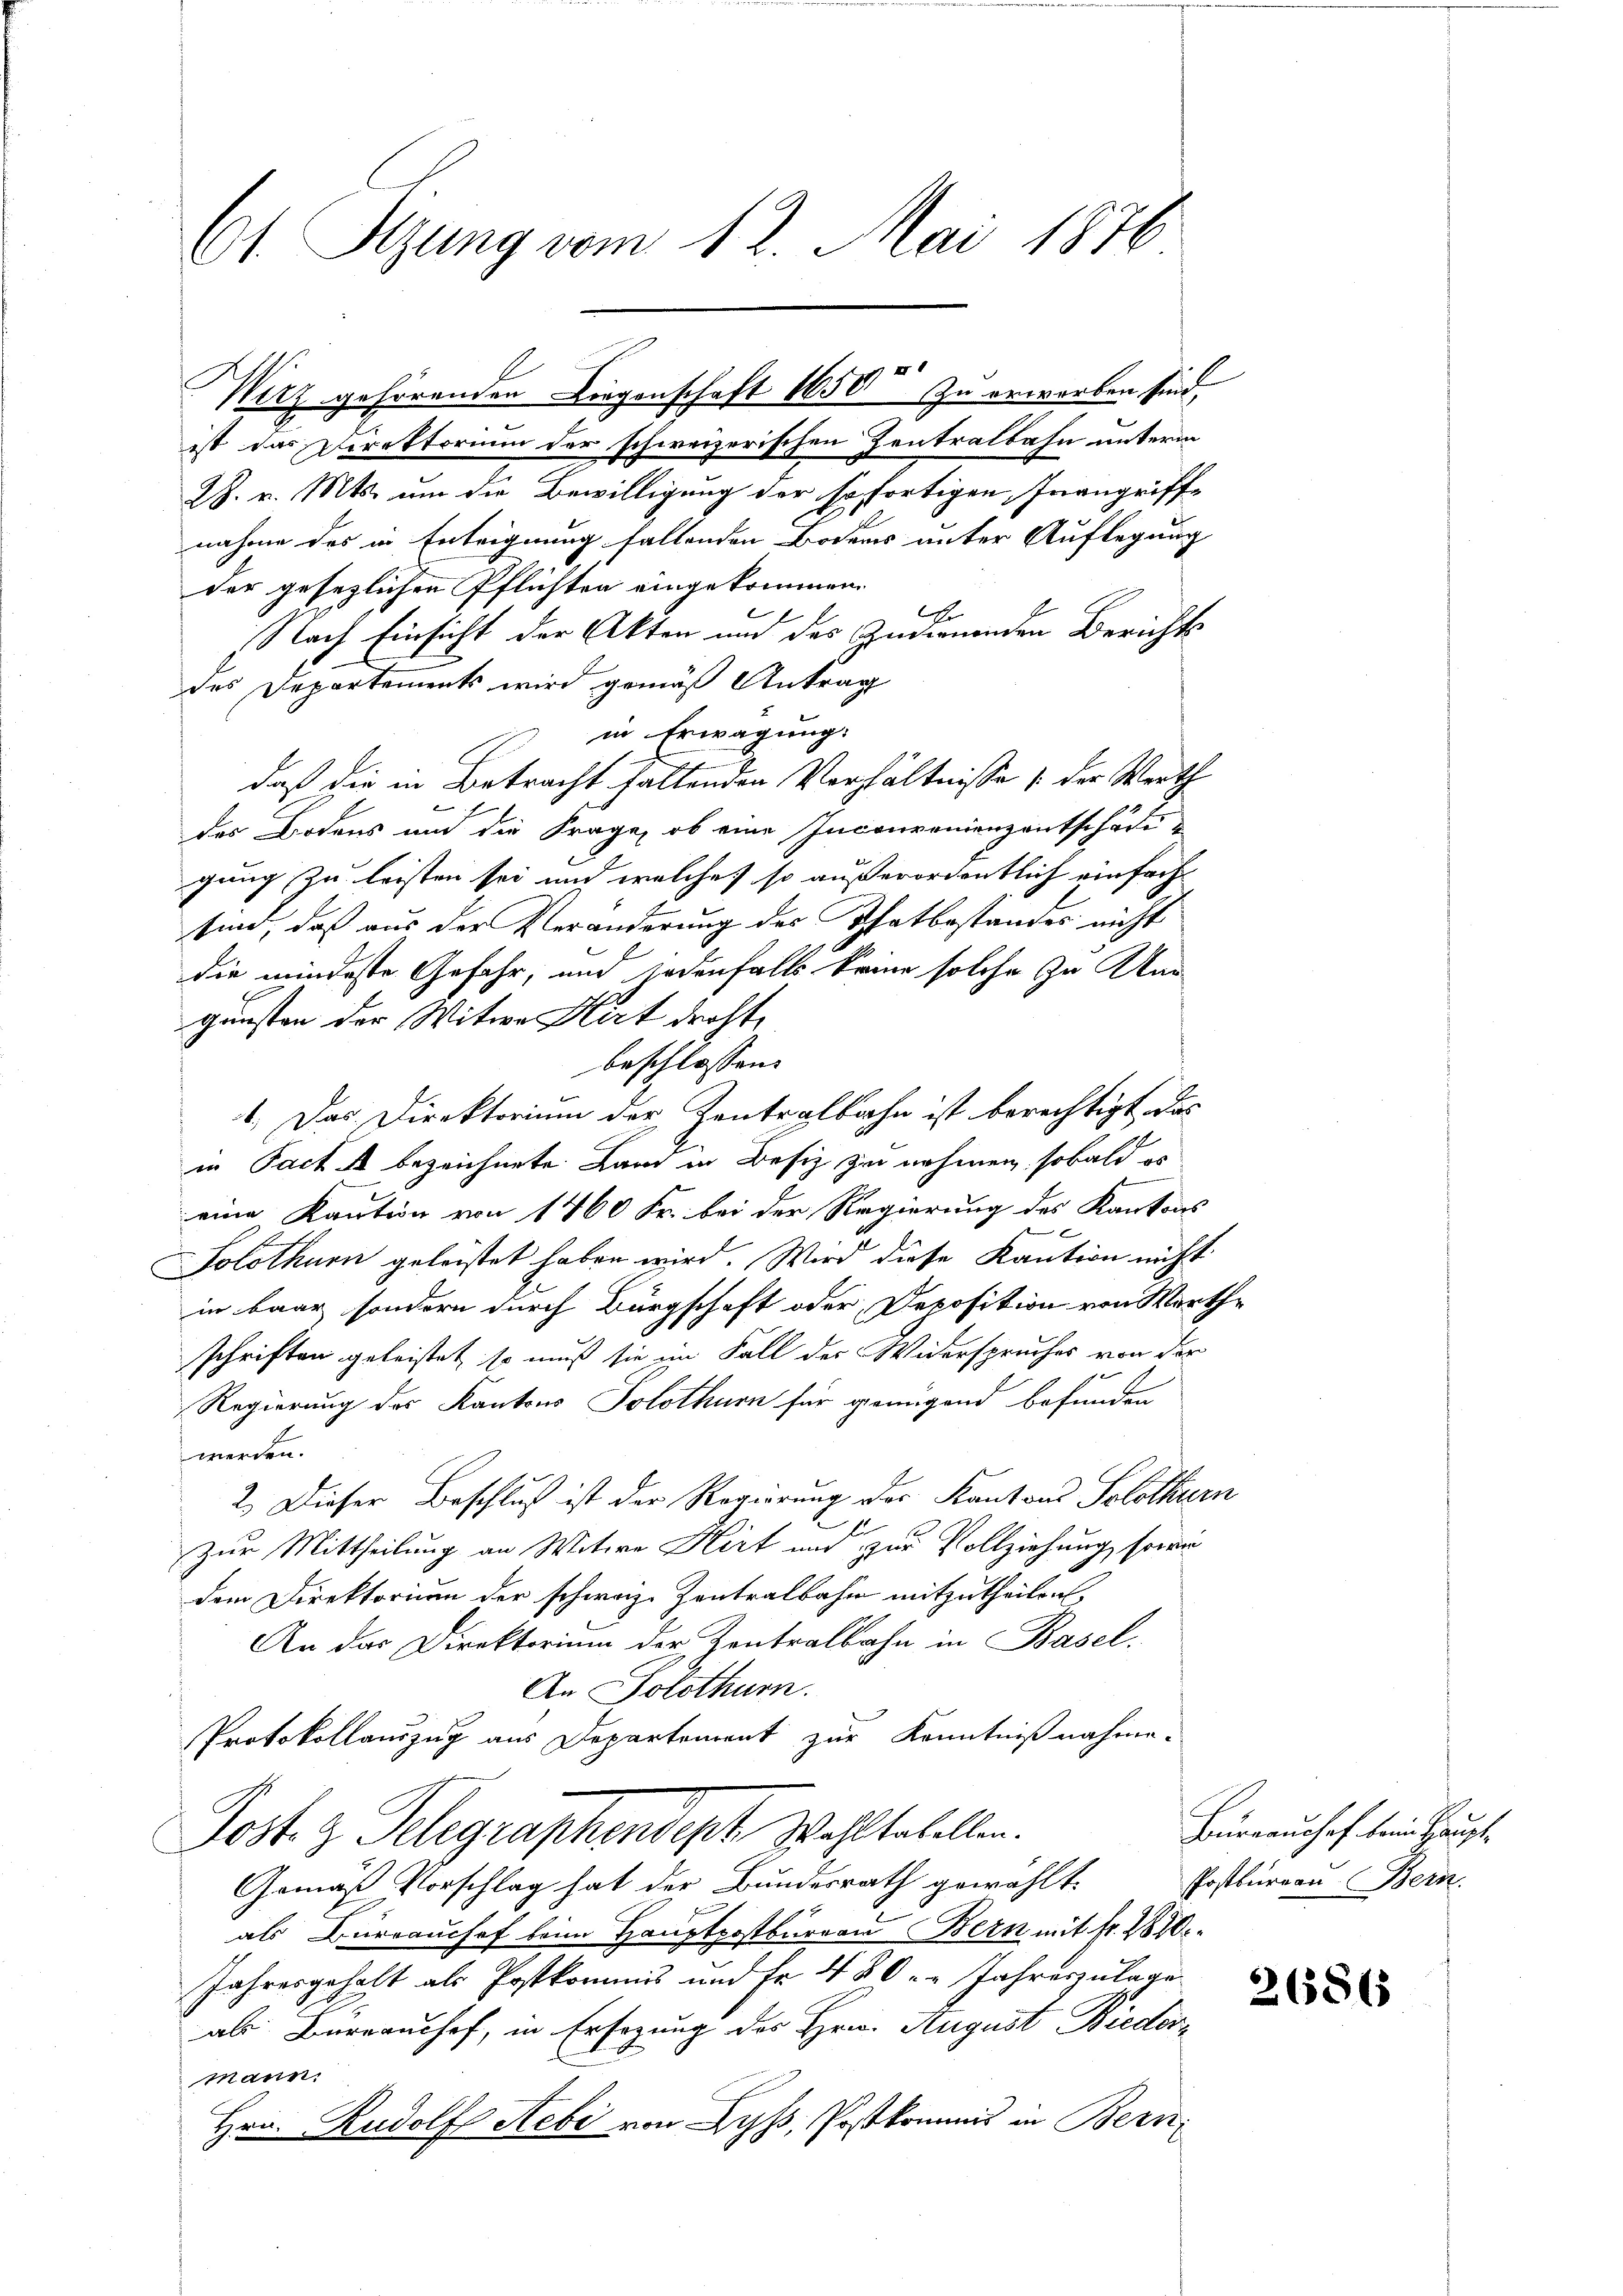
61 Sizung vom 12. Mai 1876
X 1

ist das Direktorium der schweizerischen Zentralbahn unterm
28. v. Mts. um die Bewilligung der sofortigen Inangriffnahme des in Enteignung fallenden Bodens unter Auflegung
der gesetzlichen Pflichten eingekommen.
Er
Nach Einsicht der Akten und des Indwunden Berichts
des Departements wird gemäß Antrag
in Erwägung:
daß die in Betracht haltenden Verhältnisse 1. der Werth
des Bodens und die Frage, ob eine Inconvenienzentschäftgung zu leisten sei und welche so außerordentlich einfache
sind, daß aus der Veränderung des Thatbestandes nicht
die mindeste Gefahr, und jedenfalls keine solche zu And
gunsten der Witwe Hirt droht,
beschlossen:
1. Das Direktorium der Zentralbahn ist berechtigt das
in Pacta bezeichnete Land in Besiz zu nehmen, sobald es
eine Kaution von 1460 Fr. bei der Regierung des Kantons
x
Solothurn geleistet haben wird. Wird diese Kaution nicht
in baar sondern durch Bürgschaft oder Deposition von Werthe
schriften geleistet, so muß sie im Fall der Widerspruches von der
Regierung des Kantons Solothurn für genügend befunden
werden.
2.) Dieser Beschluß ist der Regierung der Kantons Solothurn
E
Zur Mittheilung an Witwe Hirt und zur Vollziehung, sowie
dem Direktornen der schwarze Zentralbahn mitzutheilen.
An das Direktorium der Zentralbahn in Basel.
An Solothurn.
Protokollauszug aus Departement zur Kenntnißnahme.
Post z. Telegraphendept Wohltabellen.
Gemäß Vorschlag hat der Bundesrath gewählt.
als Büreaushof beim Hauptpostburren Bern mit fr. 1810.
Jahresgehalt als Postkommis und Fr. 480 u. Jahreszulage
als Barraushof, in Ersezung des Hrn. August Biedermann.
Hrn. Rudolf Aebe von Lyss, Postkommis in Bern

Wirz gehörenden Liegenschaft 1650 zu erworben sind,

Büreaushof kein Haupt¬
Postbureau. Bern.

26586